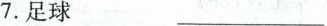
7.足球 ___